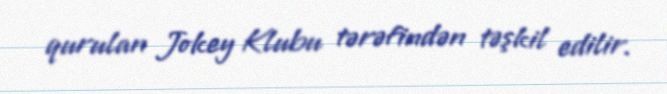
qurulan Jokey Klubu tərəfindən təşkil edilir.